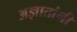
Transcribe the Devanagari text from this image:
अज्ञातांनी